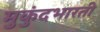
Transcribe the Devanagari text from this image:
मुकुंदभारती